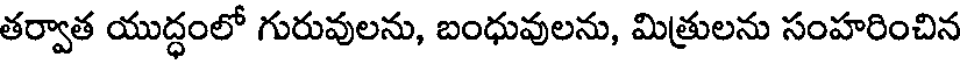
తర్వాత యుద్ధంలో గురువులను, బంధువులను, మిత్రులను సంహరించిన